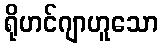
ရိုဟင်ဂျာဟူသော